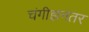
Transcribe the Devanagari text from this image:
चंगीझनंतर